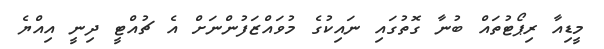
މީޑިއާ ރިޕޯޓުތައް ބުނާ ގޮތުގައި ނައިކުގެ މުވައްޒަފުންނަށް އެ ޗުއްޓީ ދިނީ އިއްޔެ